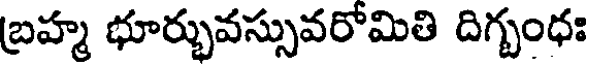
బ్రహ్మ భూర్భువస్సువరోమితి దిగ్బంధః